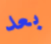
بعد